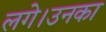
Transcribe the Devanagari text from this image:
लगे।उनका